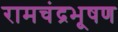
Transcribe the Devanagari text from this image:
रामचंद्रभूषण